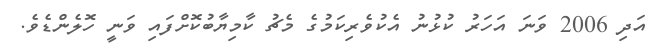
އަދި 2006 ވަނަ އަހަރު ކުޅުނު އެކުވެރިކަމުގެ މެޗު ކާމިޔާބުކޮށްފައި ވަނީ ހޮލެންޑެވެ.